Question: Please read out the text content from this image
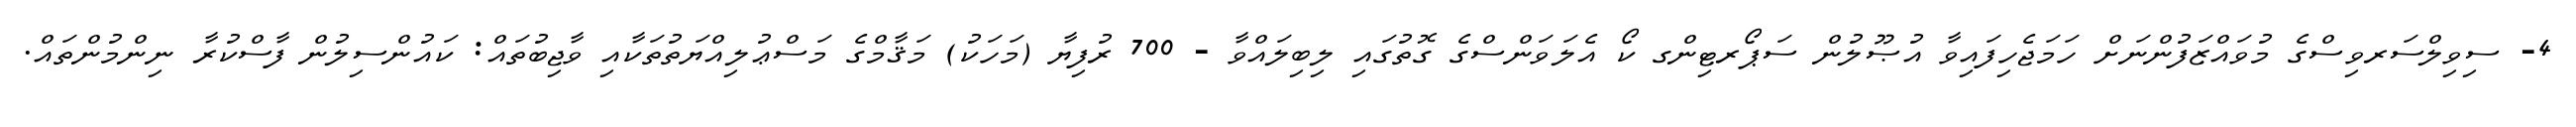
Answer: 4- ސިވިލްސަރވިސްގެ މުވައްޒަފުންނަށް ހަމަޖެހިފައިވާ އުޞޫލުން ސަޕޯރޓިންގ ކޯ އެލަވަންސްގެ ގޮތުގައި ލިބިލައްވާ - 700 ރުފިޔާ (މަހަކު) މަޤާމްގެ މަސްޢުލިއްޔަތުތަކާއި ވާޖިބުތައް: ކައުންސިލުން ފާސްކުރާ ނިންމުންތައް.